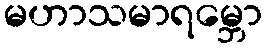
မဟာသမာရမ္ဘော